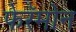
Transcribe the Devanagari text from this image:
फेरॅमोन